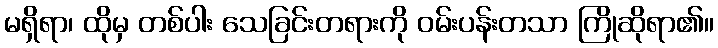
မရှိရာ၊ ထိုမှ တစ်ပါး သေခြင်းတရားကို ဝမ်းပန်းတသာ ကြိုဆိုရာ၏။